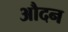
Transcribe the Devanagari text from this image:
औदन